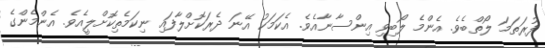
ފުރަތަމަ ލޯތްބެވެ. އެންމެ ލޯބިވި އިންސާނާއެވެ. އެކަމަކު އޭނަ ދެރަކޮށްލާފައި ނިކަމެތިކޮށްލީއެވެ. އެންމެންގެ